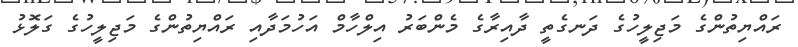
ރައްޔިތުންގެ މަޖިލީހުގެ ދަނގެތީ ދާއިރާގެ މެންބަރު އިލްހާމް އަހުމަދާއި ރައްޔިތުންގެ މަޖިލީހުގެ ގަލޮޅު